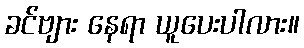
ခင်ဗျား နေရာ ယူပေးပါလား။